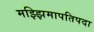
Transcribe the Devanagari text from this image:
मझ्झिमापतिपदा